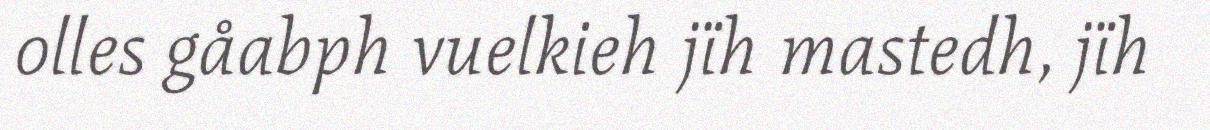
olles gåabph vuelkieh jïh mastedh, jïh